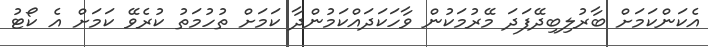
އެކަންކަމަށް ބާރުލިބިދޭފަދަ މޭރުމަކުން ވާހަކަދައްކަމުންދާ ކަމަށް ތުހުމަތު ކުރެވޭ ކަމަށް އެ ކޯޓު